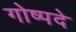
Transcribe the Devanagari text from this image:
गोष्पदे